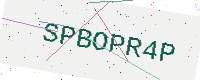
Text: SPBOPR4P